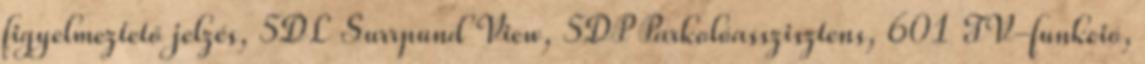
figyelmeztető jelzés, 5DL Surrpund View, 5DP Parkolóasszisztens, 601 TV-funkció,